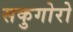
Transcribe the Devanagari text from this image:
सकुगोरो